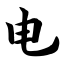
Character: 电